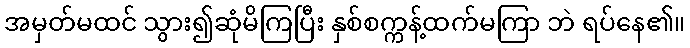
အမှတ်မထင် သွား၍ဆုံမိကြပြီး နှစ်စက္ကန့်ထက်မကြာ ဘဲ ရပ်နေ၏။